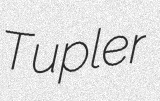
Tupler